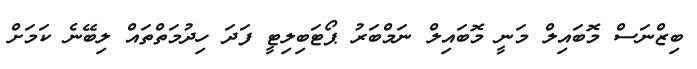
ބިޒްނަސް މޮބައިލް މަނީ މޮބައިލް ނަމްބަރު ޕޯޓަބިލިޓީ ފަދަ ހިދުމަތްތައް ލިބޭނެ ކަމަށް